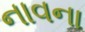
નાવના